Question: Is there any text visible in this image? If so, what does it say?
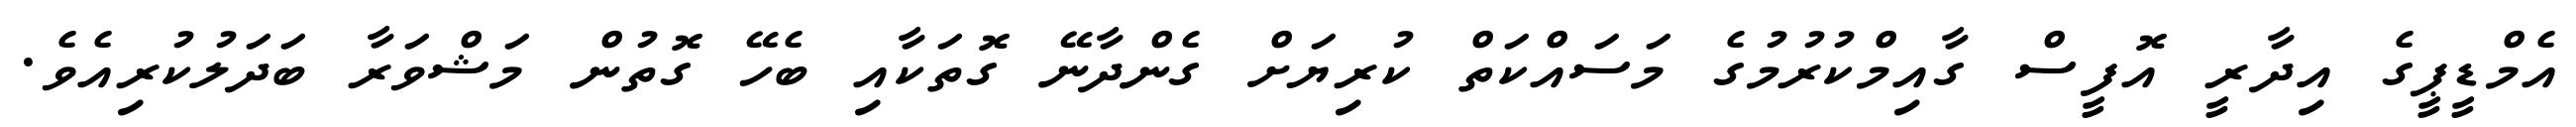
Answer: އެމްޑީޕީގެ އިދާރީ އޮފީސް ގާއިމްކުރުމުގެ މަސައްކަތް ކުރިޔަށް ގެންދާނޭ ގޮތަކާއި ބެހޭ ގޮތުން މަޝްވަރާ ބަދަލުކުރިއެވެ.